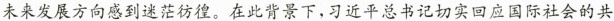
未来发展方向感到迷茫彷徨。在此背景下，习近平总书记切实回应国际社会的共